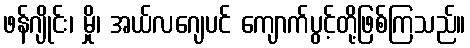
ဖန်ဂျိုင်း၊ မှို၊ အယ်လဂျေပင် ကျောက်ပွင့်တို့ဖြစ်ကြသည်။